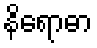
နိရောဓာ